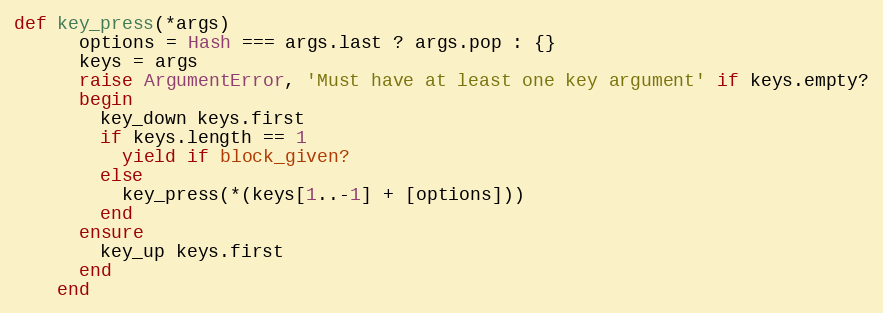
Language: Ruby
def key_press(*args)
      options = Hash === args.last ? args.pop : {}
      keys = args
      raise ArgumentError, 'Must have at least one key argument' if keys.empty?
      begin
        key_down keys.first
        if keys.length == 1
          yield if block_given?
        else
          key_press(*(keys[1..-1] + [options]))
        end
      ensure
        key_up keys.first
      end
    end